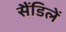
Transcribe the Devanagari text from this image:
सैंडिलें